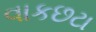
વાકછટા